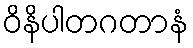
ဝိနိပါတဂတာနံ